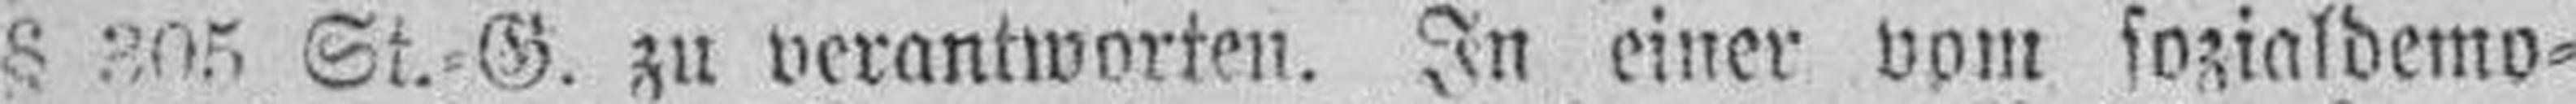
§  305 St.=G. zu verantworten. In einer vom sozialdemo¬